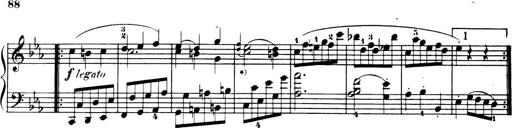
Title: 32 Sonatinas and Rondos for the Piano
Composer: Richard Kleinmichel